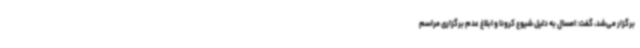
برگزار می‌شد، گفت: امسال به دلیل شیوع کرونا و ابلاغ عدم برگزاری مراسم